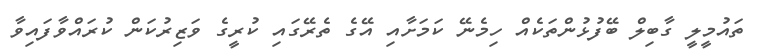
ތައުމީލީ ގާބިލް ބޭފުޅުންތަކެއް ހިމެނޭ ކަމަށާއި އޭގެ ތެރޭގައި ކުރީގެ ވަޒިރުކަން ކުރައްވާފައިވާ